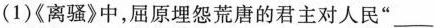
(1)《离骚》中，屈原埋怨荒唐的君主对人民”___